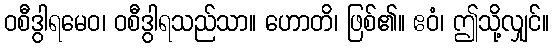
ဝစီဒွါရမေဝ၊ ဝစီဒွါရသည်သာ။ ဟောတိ၊ ဖြစ်၏။ ဧဝံ၊ ဤသို့လျှင်။